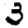
Digit: 3